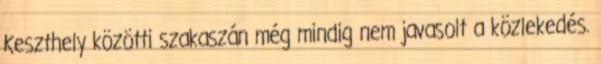
Keszthely közötti szakaszán még mindig nem javasolt a közlekedés.